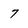
Character: 7